Vaccination in the Punjab 1867-1880 - 1867-1880
Year: 1867
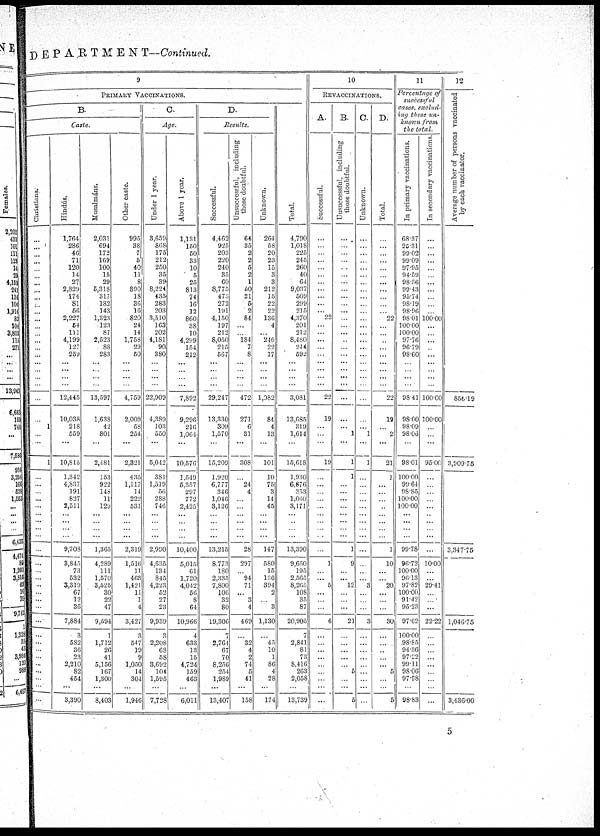
DEPARTMENT—Continued.
9
Christians.
...
...
...
...
...
...
...
...
...
...
...
...
...
...
...
...
...
...
...
...
...
...
...
1
...
...
1
...
...
...
...
...
...
...
...
...
...
...
...
...
...
...
...
...
...
...
...
...
...
...
...
...
...
...
PRIMARY VACCINATIONS.
B.
Caste.
Hindús.
1,764
286
46
71
120
14
27
2,829
174
81
56
2,227
54
111
4,199
127
259
...
...
...
...
12,445
10,038
218
559
...
10,815
1,342
4,837
191
827
2,511
...
...
...
...
9,708
3,845
73
532
3,319
67
12
36
7,884
3
582
36
23
2,210
82
454
...
3,390
Musalmáns.
2,031
694
172
169
100
15
29
5,318
317
182
143
1,323
123
87
2,523
88
283
...
...
...
...
13,597
1,638
42
801
...
2,481
153
922
148
11
129
...
...
...
...
1,363
4,289
111
1,570
3,525
30
22
47
9,594
1
1,712
26
41
5,156
167
1,300
...
8,403
Other caste.
995
38
7
5
40
11
8
890
18
36
16
820
24
14
1,758
29
50
...
...
...
...
4,759
2,009
58
254
...
2,321
435
1,117
14
222
531
...
...
...
...
2,319
1,516
11
463
1,421
11
1
4
3,427
3
547
19
9
1,050
14
304
...
1,946
C.
Age.
Under 1 year.
3,659
868
175
212
250
35
39
8,224
435
283
203
3,510
163
202
4,181
90
380
...
...
...
...
22,909
4,389
103
550
...
5,042
381
1,519
56
288
746
...
...
...
...
2,990
4,635
134 845
4,223
52
27
23
9,939
3
2,208
68
58
3,692
104
1,595
...
7,728
Above 1 year.
1,131
150
50
33
10
5
25
813
74
16
12
860
38
10
4,299
154
212
...
...
...
...
7,892
9,296
216
1,064
...
10,576
1,549
5,357
297
772
2,425
...
...
...
...
10,400
5,015
61
1,720
4,042
56
8
64
10,966
4
633
13
15
4,724
159
463
...
6,011
D.
Results.
Successful.
4,462
925
203
220
240
35
60
8,775
473
272
191
4,150
197
212
8,050
215
567
...
...
...
...
29,247
13,330
309
1,570
...
15,209
1,920
6,777
346
1,046
3,126
...
...
...
...
13,215
8,773
180
2,335
7,800
106
32
80
19,306
7
2,764
67
70
8,256
254
1,989
...
13,407
unsuccessful, including
those doubtful.
64
35
2
2
5
2
1
50
21
5
2
84
...
...
184
7
8
...
...
...
...
472
271
6
31
...
308
...
24
4
...
...
...
...
...
...
28
297
...
94
71
...
3
4
469
...
32
4
2
74
5
41
...
158
Unknown.
264
58
20
23
15
3
3
212
15
22
22
136
4
...
246
22
17
...
...
...
...
1,082
84
4
13
...
101
10
75
3
14
45
...
...
...
...
147
580
15
136
394
2
...
3
1,130
...
45
10
1
86
4
28
174
Total.
4,790
1,018
225
245
260
40
64
9,037
509
299
215
4,370
201
212
8,480
244
592
...
...
...
...
3,081
13,685
319
1,614
...
15,618
1,930
6,876
353
1,060
3,171
...
...
...
...
13,390
9,650
195
2,565
8,265
108
35
87
20,905
7
2,841
81
73
8,416
263
2,058
13,739
10
REVACCINATIONS.
A.
Successful.
...
...
...
...
...
...
...
...
...
...
...
22
...
...
...
...
...
...
...
...
...
22
19
...
...
...
19
...
...
...
...
...
...
...
...
...
...
1
...
...
5
...
...
...
6
...
...
...
...
...
...
...
...
...
B.
Unsuccessful, including
those doubtful.
...
...
...
...
...
...
...
...
...
...
...
...
...
...
...
...
...
...
...
...
...
...
...
...
1
...
1
1
...
...
...
...
...
...
...
...
1
9
...
...
12
...
...
...
21
...
...
...
...
...
5
...
...
5
C.
Unknown.
...
...
...
...
...
...
...
...
...
...
...
...
...
...
...
...
...
...
...
...
...
...
...
...
1
...
1
...
...
...
...
...
...
...
...
...
...
...
...
...
3
...
...
...
3
...
...
...
...
...
...
...
...
...
D.
Total.
...
...
...
...
...
...
...
...
...
...
...
22
...
...
...
...
...
...
...
...
...
22
19
...
2
...
21
1
...
...
...
...
...
...
...
...
1
10
...
...
20
...
...
...
30
...
...
...
...
...
5
...
...
5
11
Percentage of
successful
cases, exclud-
ing those un-
known from
the total.
In primary vaccinations.
68.37
25.31
99.02
99.09
97.95
94.59
98.36
99.43
95.74
98.19
98.96
98.01
100.00
100.00
97.76
96.79
98.60
...
...
...
...
98.41
98.00
98.09
98.06
...
98.01
100.00
99.64
98.85
100.00
100.00
...
...
...
...
99.78
96.72
100.00
96.13
97.82
100.00
91.42
95.23
97.62
100.00
98.85
94.36
97.22
99.11
98.06
97.98
...
98.83
In secondary vaccinations.
...
...
...
...
...
...
...
...
...
...
...
100.00
...
...
...
...
...
...
...
...
...
100.00
100.00
...
...
...
95.00
...
...
...
...
...
...
...
...
...
...
10.00
...
...
29.41
...
...
...
22.22
...
...
...
...
...
...
...
...
...
12
Average number of persons vaccinated
by each vaccinator.
...
...
...
...
...
...
...
...
...
...
...
...
...
...
...
...
...
...
...
...
...
856.19
...
...
...
...
3,909.75
...
...
...
...
...
...
...
...
...
3,347.75
...
...
...
...
...
...
...
1,046.75
...
...
...
...
...
...
...
...
3,436.00
5